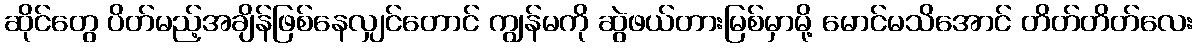
ဆိုင်တွေ ပိတ်မည့်အချိန်ဖြစ်နေလျှင်တောင် ကျွန်မကို ဆွဲဖယ်တားမြစ်မှာမို့ မောင်မသိအောင် တိတ်တိတ်လေး